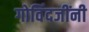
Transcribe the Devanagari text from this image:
गोविंदजींनी